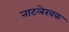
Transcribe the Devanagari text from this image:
नाटलेखक